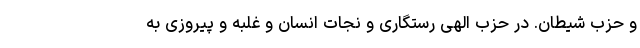
و حزب شیطان. در حزبِ الهی رستگاری و نجات انسان و غلبه و پیروزی به